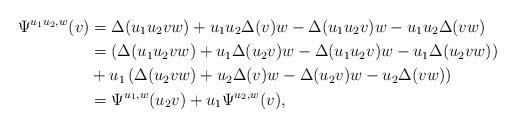
LaTeX: \begin{align*}\Psi^{u_1u_2,w}(v) &= \Delta(u_1u_2vw) + u_1u_2\Delta(v)w - \Delta(u_1u_2v)w - u_1u_2\Delta(vw)\\&=\left(\Delta(u_1u_2vw) + u_1\Delta(u_2v)w - \Delta(u_1u_2v)w - u_1\Delta(u_2vw)\right)\\&+u_1\left(\Delta(u_2vw) + u_2\Delta(v)w - \Delta(u_2v)w - u_2\Delta(vw)\right)\\&=\Psi^{u_1,w}(u_2v)+u_1\Psi^{u_2,w}(v),\end{align*}